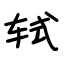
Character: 轼